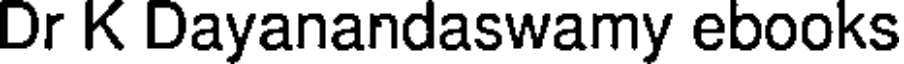
Dr K Dayanandaswamy ebooks